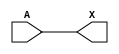
module sky130_fd_sc_hdll__buf (
    X,
    A
);
    output X;
    input  A;
    wire buf0_out_X;
    buf buf0 (buf0_out_X, A              );
    buf buf1 (X         , buf0_out_X     );
endmodule